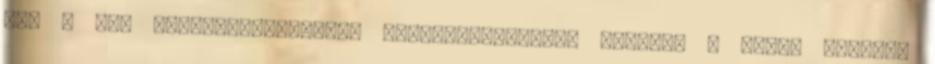
ezt a kis Darwin-díj-gyanús kriminalisztikai esszét. A Stern magazin